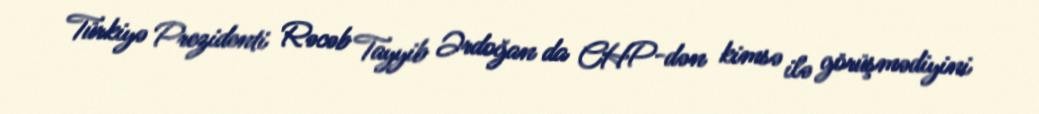
Türkiyə Prezidenti Rəcəb Tayyib Ərdoğan da CHP-dən kimsə ilə görüşmədiyini